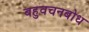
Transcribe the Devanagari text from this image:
बहुवचनबोध